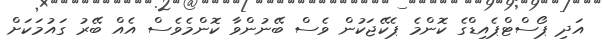
އަދި ޕޯސްޓްޕެއިޑްގެ ކޮންމެ ޕެކޭޖަކުން ވެސް ބޭނުންވާ ކޮންމެވެސް އެއް ބޭރު ގައުމަކަށް